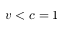
v < c = 1